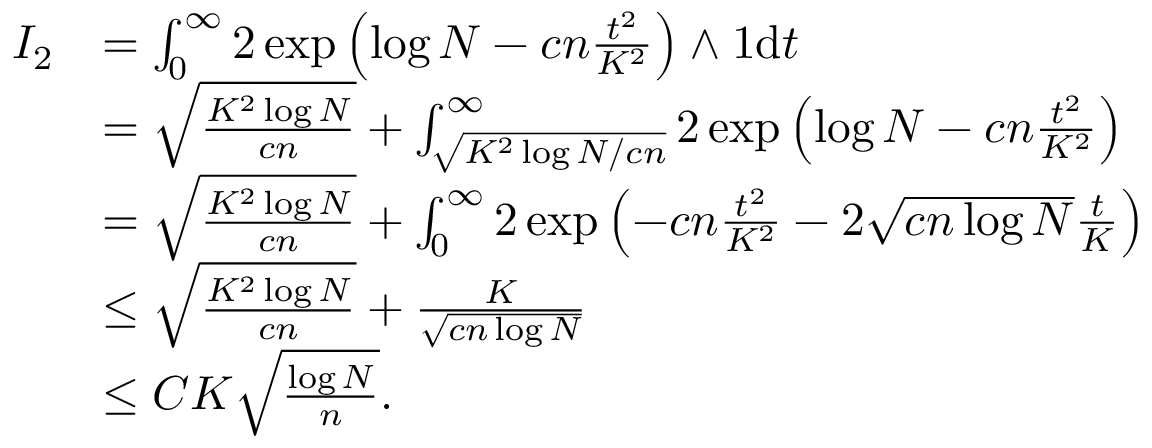
\begin{array} { r l } { I _ { 2 } } & { = \int _ { 0 } ^ { \infty } 2 \exp \left( \log N - c n \frac { t ^ { 2 } } { K ^ { 2 } } \right) \wedge 1 \mathrm { d } t } \\ & { = \sqrt { \frac { K ^ { 2 } \log N } { c n } } + \int _ { \sqrt { { K ^ { 2 } \log N } / { c n } } } ^ { \infty } 2 \exp \left( \log N - c n \frac { t ^ { 2 } } { K ^ { 2 } } \right) } \\ & { = \sqrt { \frac { K ^ { 2 } \log N } { c n } } + \int _ { 0 } ^ { \infty } 2 \exp \left( - c n \frac { t ^ { 2 } } { K ^ { 2 } } - 2 \sqrt { c n \log N } \frac { t } { K } \right) } \\ & { \leq \sqrt { \frac { K ^ { 2 } \log N } { c n } } + \frac { K } { \sqrt { c n \log N } } } \\ & { \leq C K \sqrt { \frac { \log N } { n } } . } \end{array}